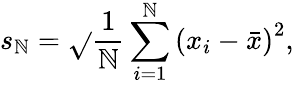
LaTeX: s_{\mathbb{N}}={\sqrt{}{{{\frac{{1}}{{\mathbb{N}}}}\sum_{i=1}^{\mathbb{N}}\left(x_{i}-{\bar{{x}}}\right)^{2}}}},